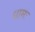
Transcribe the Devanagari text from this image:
धामः